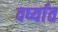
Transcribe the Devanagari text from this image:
वर्ष्यात